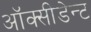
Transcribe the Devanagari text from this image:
ऑक्सीडेन्ट